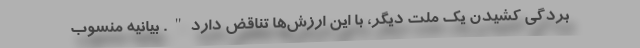
بردگی کشیدن یک ملت دیگر، با این ارزش‌ها تناقض دارد". بیانیه منسوب